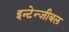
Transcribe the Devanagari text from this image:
इन्टेन्जीबल